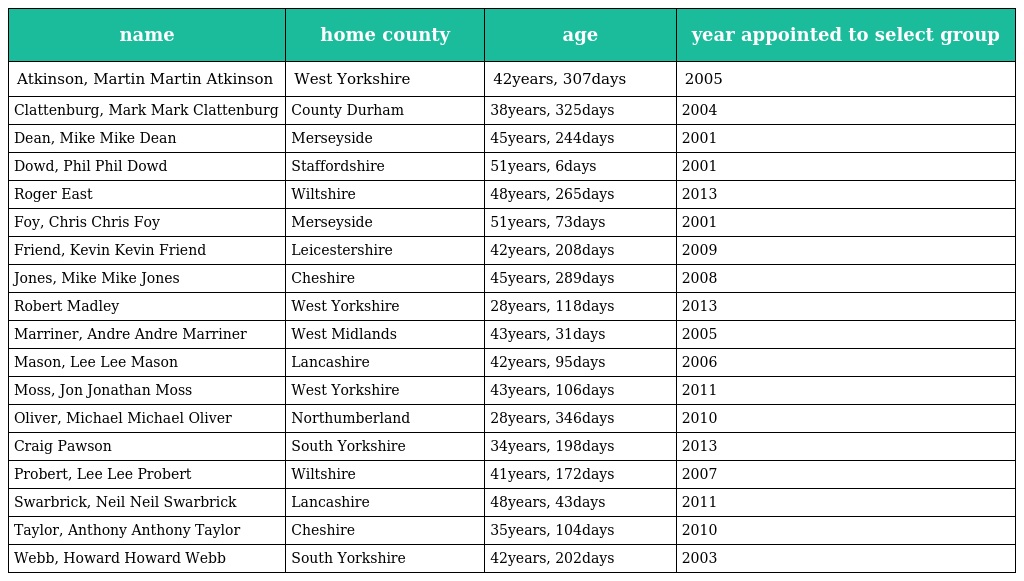
| name | home county | age | year appointed to select group |
 | --- | --- | --- | --- |
 | Atkinson, Martin Martin Atkinson | West Yorkshire | 42years, 307days | 2005 |
 | Clattenburg, Mark Mark Clattenburg | County Durham | 38years, 325days | 2004 |
 | Dean, Mike Mike Dean | Merseyside | 45years, 244days | 2001 |
 | Dowd, Phil Phil Dowd | Staffordshire | 51years, 6days | 2001 |
 | Roger East | Wiltshire | 48years, 265days | 2013 |
 | Foy, Chris Chris Foy | Merseyside | 51years, 73days | 2001 |
 | Friend, Kevin Kevin Friend | Leicestershire | 42years, 208days | 2009 |
 | Jones, Mike Mike Jones | Cheshire | 45years, 289days | 2008 |
 | Robert Madley | West Yorkshire | 28years, 118days | 2013 |
 | Marriner, Andre Andre Marriner | West Midlands | 43years, 31days | 2005 |
 | Mason, Lee Lee Mason | Lancashire | 42years, 95days | 2006 |
 | Moss, Jon Jonathan Moss | West Yorkshire | 43years, 106days | 2011 |
 | Oliver, Michael Michael Oliver | Northumberland | 28years, 346days | 2010 |
 | Craig Pawson | South Yorkshire | 34years, 198days | 2013 |
 | Probert, Lee Lee Probert | Wiltshire | 41years, 172days | 2007 |
 | Swarbrick, Neil Neil Swarbrick | Lancashire | 48years, 43days | 2011 |
 | Taylor, Anthony Anthony Taylor | Cheshire | 35years, 104days | 2010 |
 | Webb, Howard Howard Webb | South Yorkshire | 42years, 202days | 2003 |